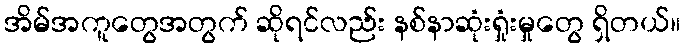
အိမ်အကူတွေအတွက် ဆိုရင်လည်း နစ်နာဆုံးရှုံးမှုတွေ ရှိတယ်။